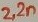
Text: 2,2n